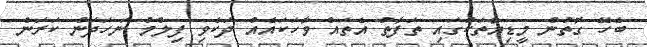
ބެހޭ ގޮތުން މީޑިއާތަކުގައި ތަފާތު އެެތައް ވާހަކައެއް ދަކެވި ފިލްމު ނަހަދަން ކަރަން